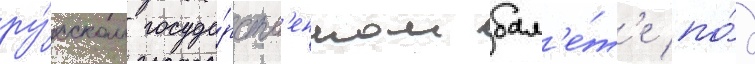
ру́сском госуда́рств'енном бал'е́т'е по́д